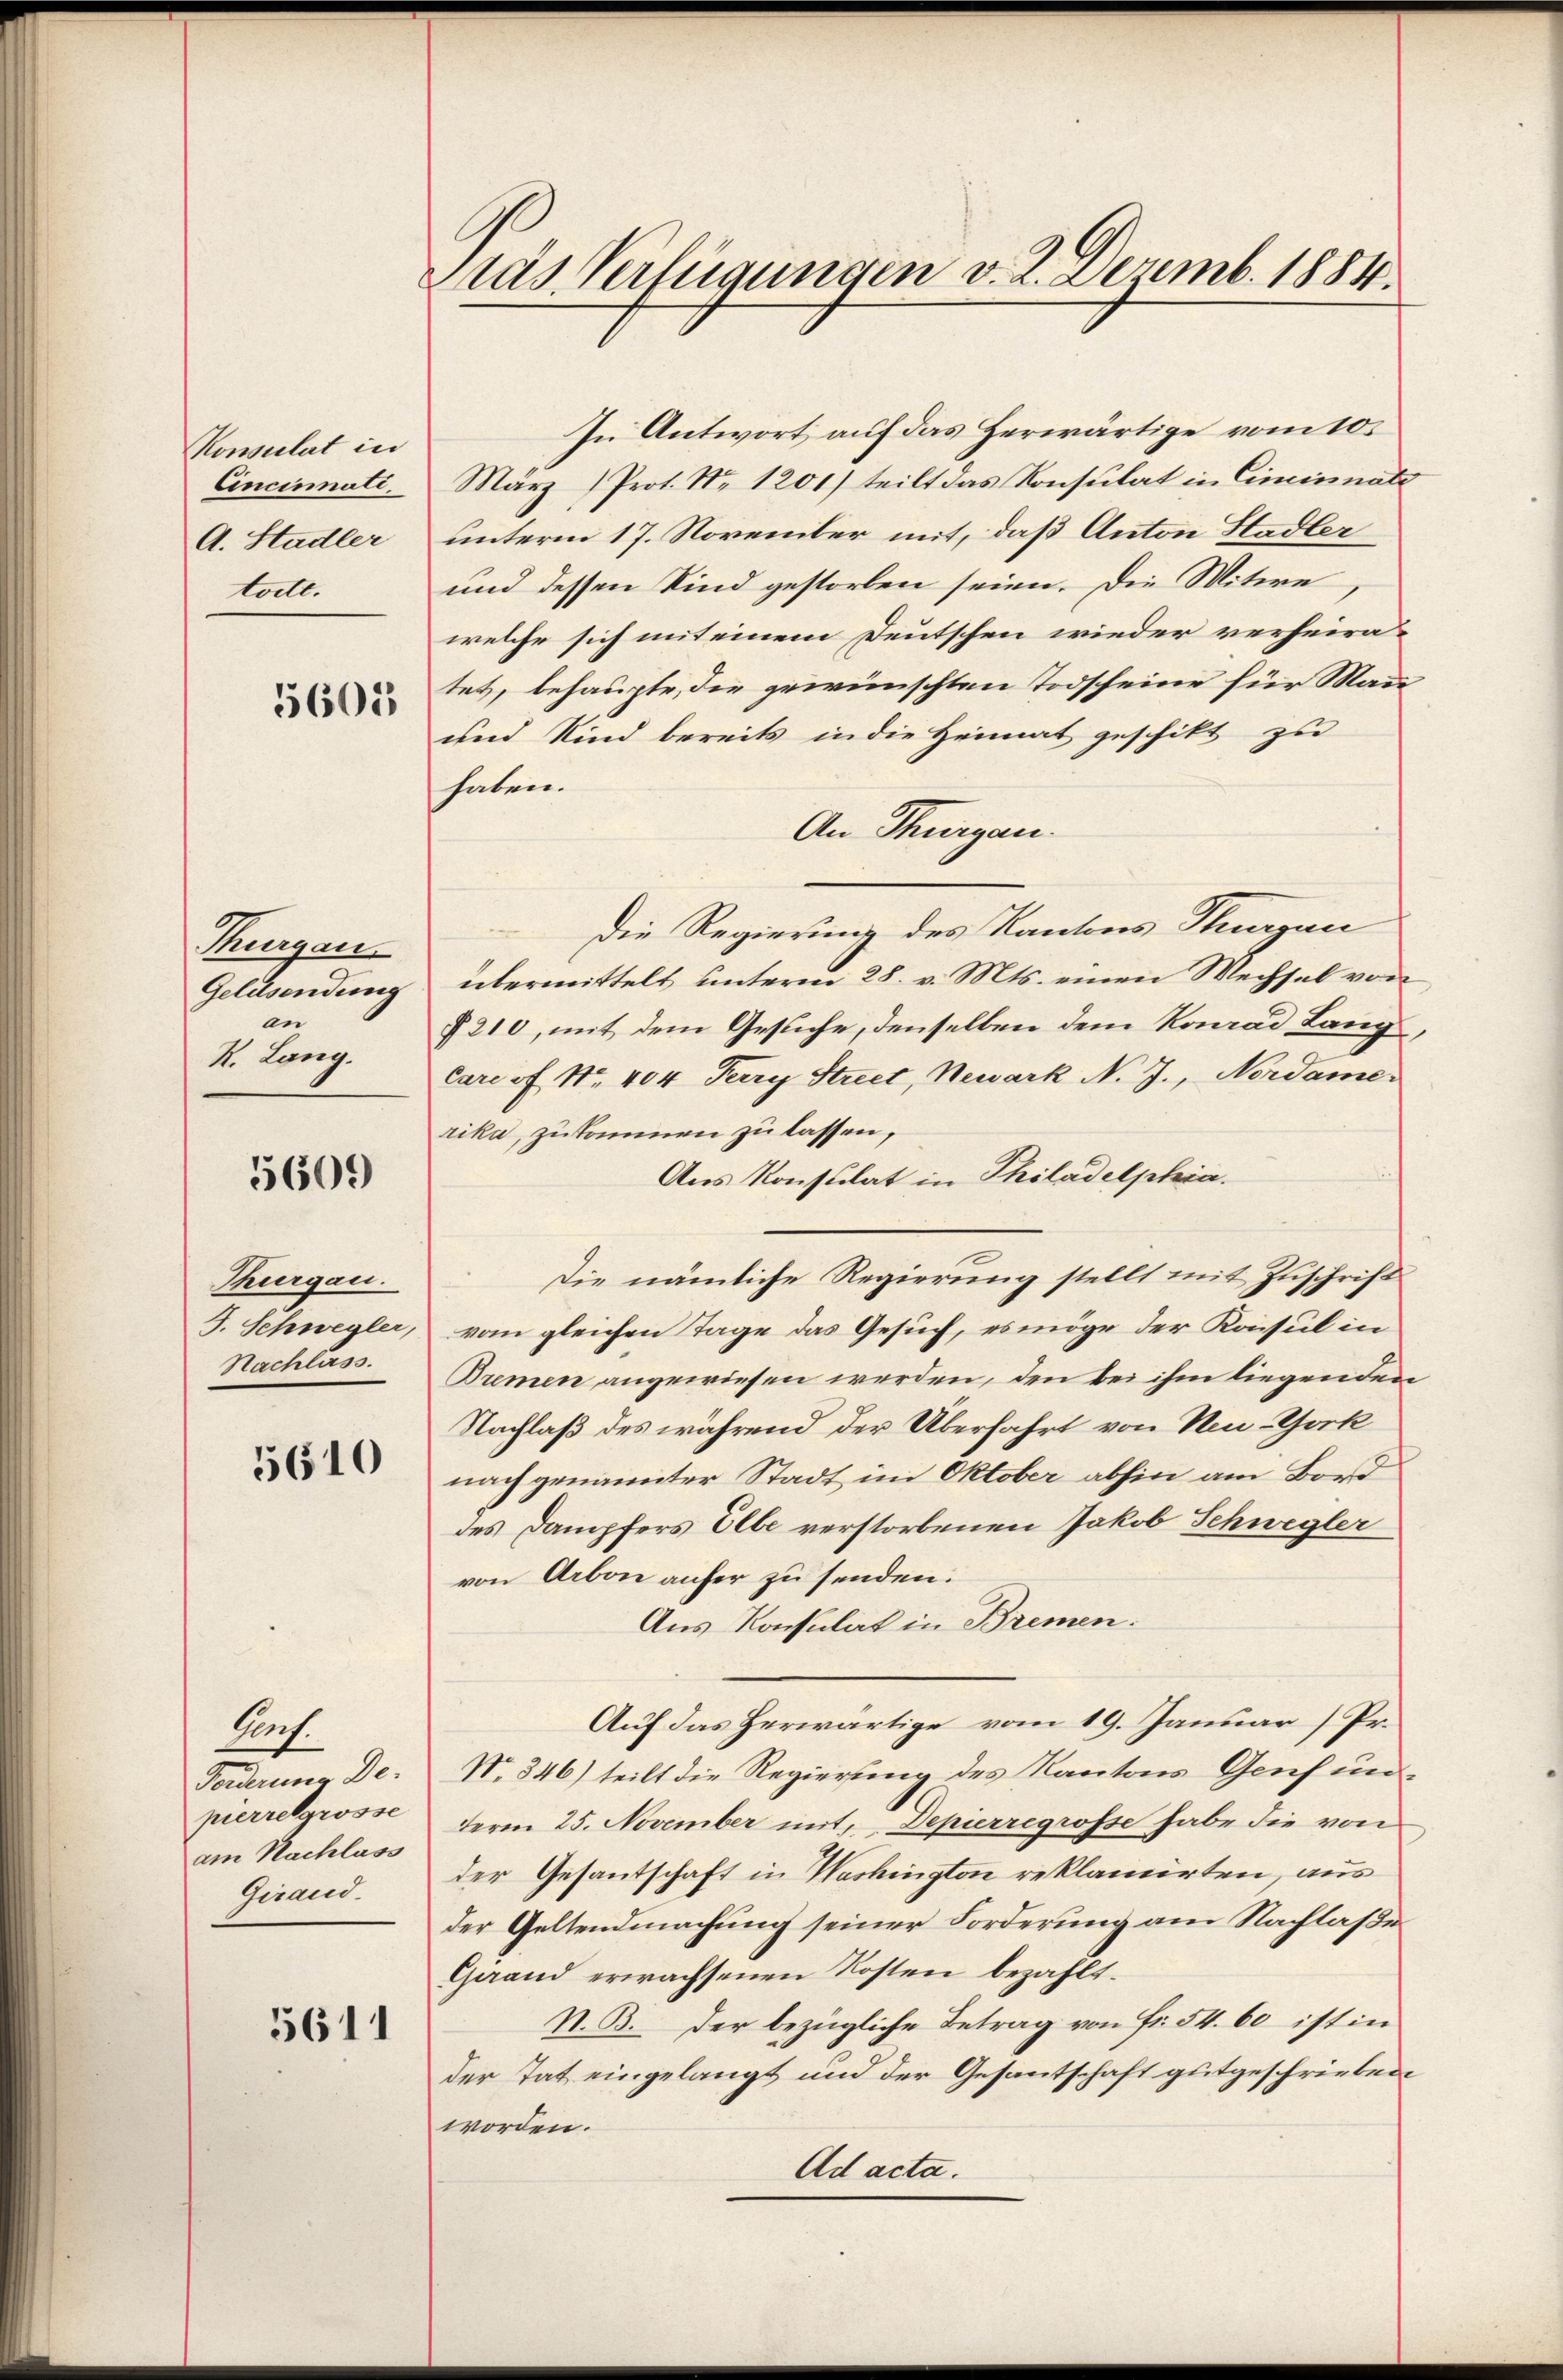
Konsulat in
Cincinati.
A. Stadler
toett.

5605

Thurgau.
Geldsendung
an
R. Lang.

5609

Thurgau.
J. Schwegler,
Nachlass.

5610

Porf.
Forderung De-
pierrelgrosse
am Nachlass
Giraud

5611

Pras Verfügungen v. 2. Dezemb. 1884.

In Antwort auf das Herwärtige vom 10.
März (Prot. No 1201) teilt das Konsulat in Ciminnate
unterm 17. November mit, daß Anton Hadler
und dessen Kind gestorben seien. Die Witwe
welche sich mit einem Deutschen wieder verheiratet, behaupte, die gewünschten Todscheine für Man
und Kind bereits in die Heimat geschikt zu
haben.
An Thurgau.
Die Regierung des Kantons Thurgau
übermittelt unterm 28. v. Mts. einen Wechsel von
§210, mit dem Gesuche, denselben dem Konrad Lang
Carcof Nr. 404 Perry Strict, Newark N. J., Nordame.
rika, zukommen zu lassen,
Aus Konsulat in Philadelphia.
Die nämliche Regierung stellt mit Zuschrift
vom gleichen Tage das Gesuch, es möge der Konsul in
Bremen angewiesen werden, den bei ihm liegenden
Nachlaß des während der Überfahrt von Neu-York
nach genannter Stadt im Oktober abhin am Bord
des Dampfers Elbe verstorbenen Jakob Schwegler
von Arbon anfer zu senden.
Aus Konsulat in Bremen.
Auf das Herwärtige vom 19. Januar (Pr.
No. 346) teilt die Regierung des Kantons Genf un¬
Ferm 25. November mit, Depierregrosse habe die von
der Gesantschaft in Washington reklamirten, aus
der Geltendmachung seiner Forderung am Nachlaße
Grand erwachsenen Kosten bezahlt.
N. B. der bezügliche Betrag von Fr. 54. 60 ist in
der Tat eingelangt und der Gesantschaft gutgeschrieben
worden.
Ad acta.